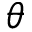
\theta